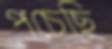
পচেছি